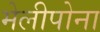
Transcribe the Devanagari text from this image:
मेलीपोना